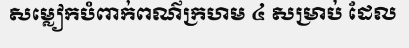
សម្លៀកបំពាក់ពណ៌ក្រហម ៤ សម្រាប់ ដែល